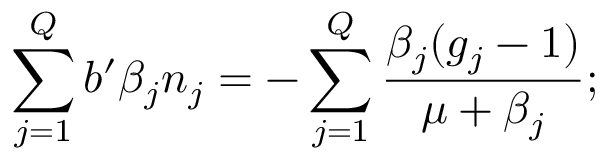
\sum _ { j = 1 } ^ { Q } b ^ { \prime } \beta _ { j } n _ { j } = - \sum _ { j = 1 } ^ { Q } \frac { \beta _ { j } ( g _ { j } - 1 ) } { \mu + \beta _ { j } } ;